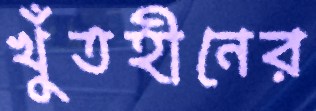
খুঁতহীনের